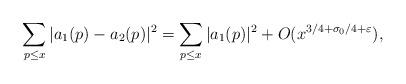
LaTeX: \begin{align*}\sum_{p\leq x} |a_1 (p) - a_2 (p)|^2 = \sum_{p\leq x}|a_1(p)|^2 + O(x^{3/4+\sigma_0/4+\varepsilon}),\end{align*}